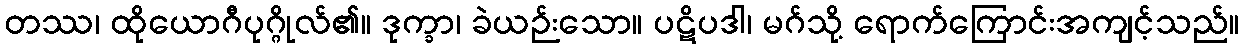
တဿ၊ ထိုယောဂီပုဂ္ဂိုလ်၏။ ဒုက္ခာ၊ ခဲယဉ်းသော။ ပဋိပဒါ၊ မဂ်သို့ ရောက်ကြောင်းအကျင့်သည်။